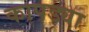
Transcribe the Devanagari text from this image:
कापड्या